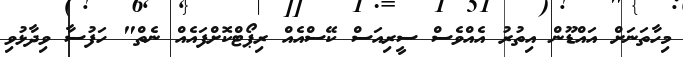
މިހާތަނަށް އައްޑޫން އިތުރު އެއްވެސް ސީރިއަސް ކޭސްއެއް ރިޕޯޓްކޮށްފައެއް ނެތް" ހަފުސާ ވިދާޅުވި